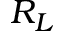
R _ { L }